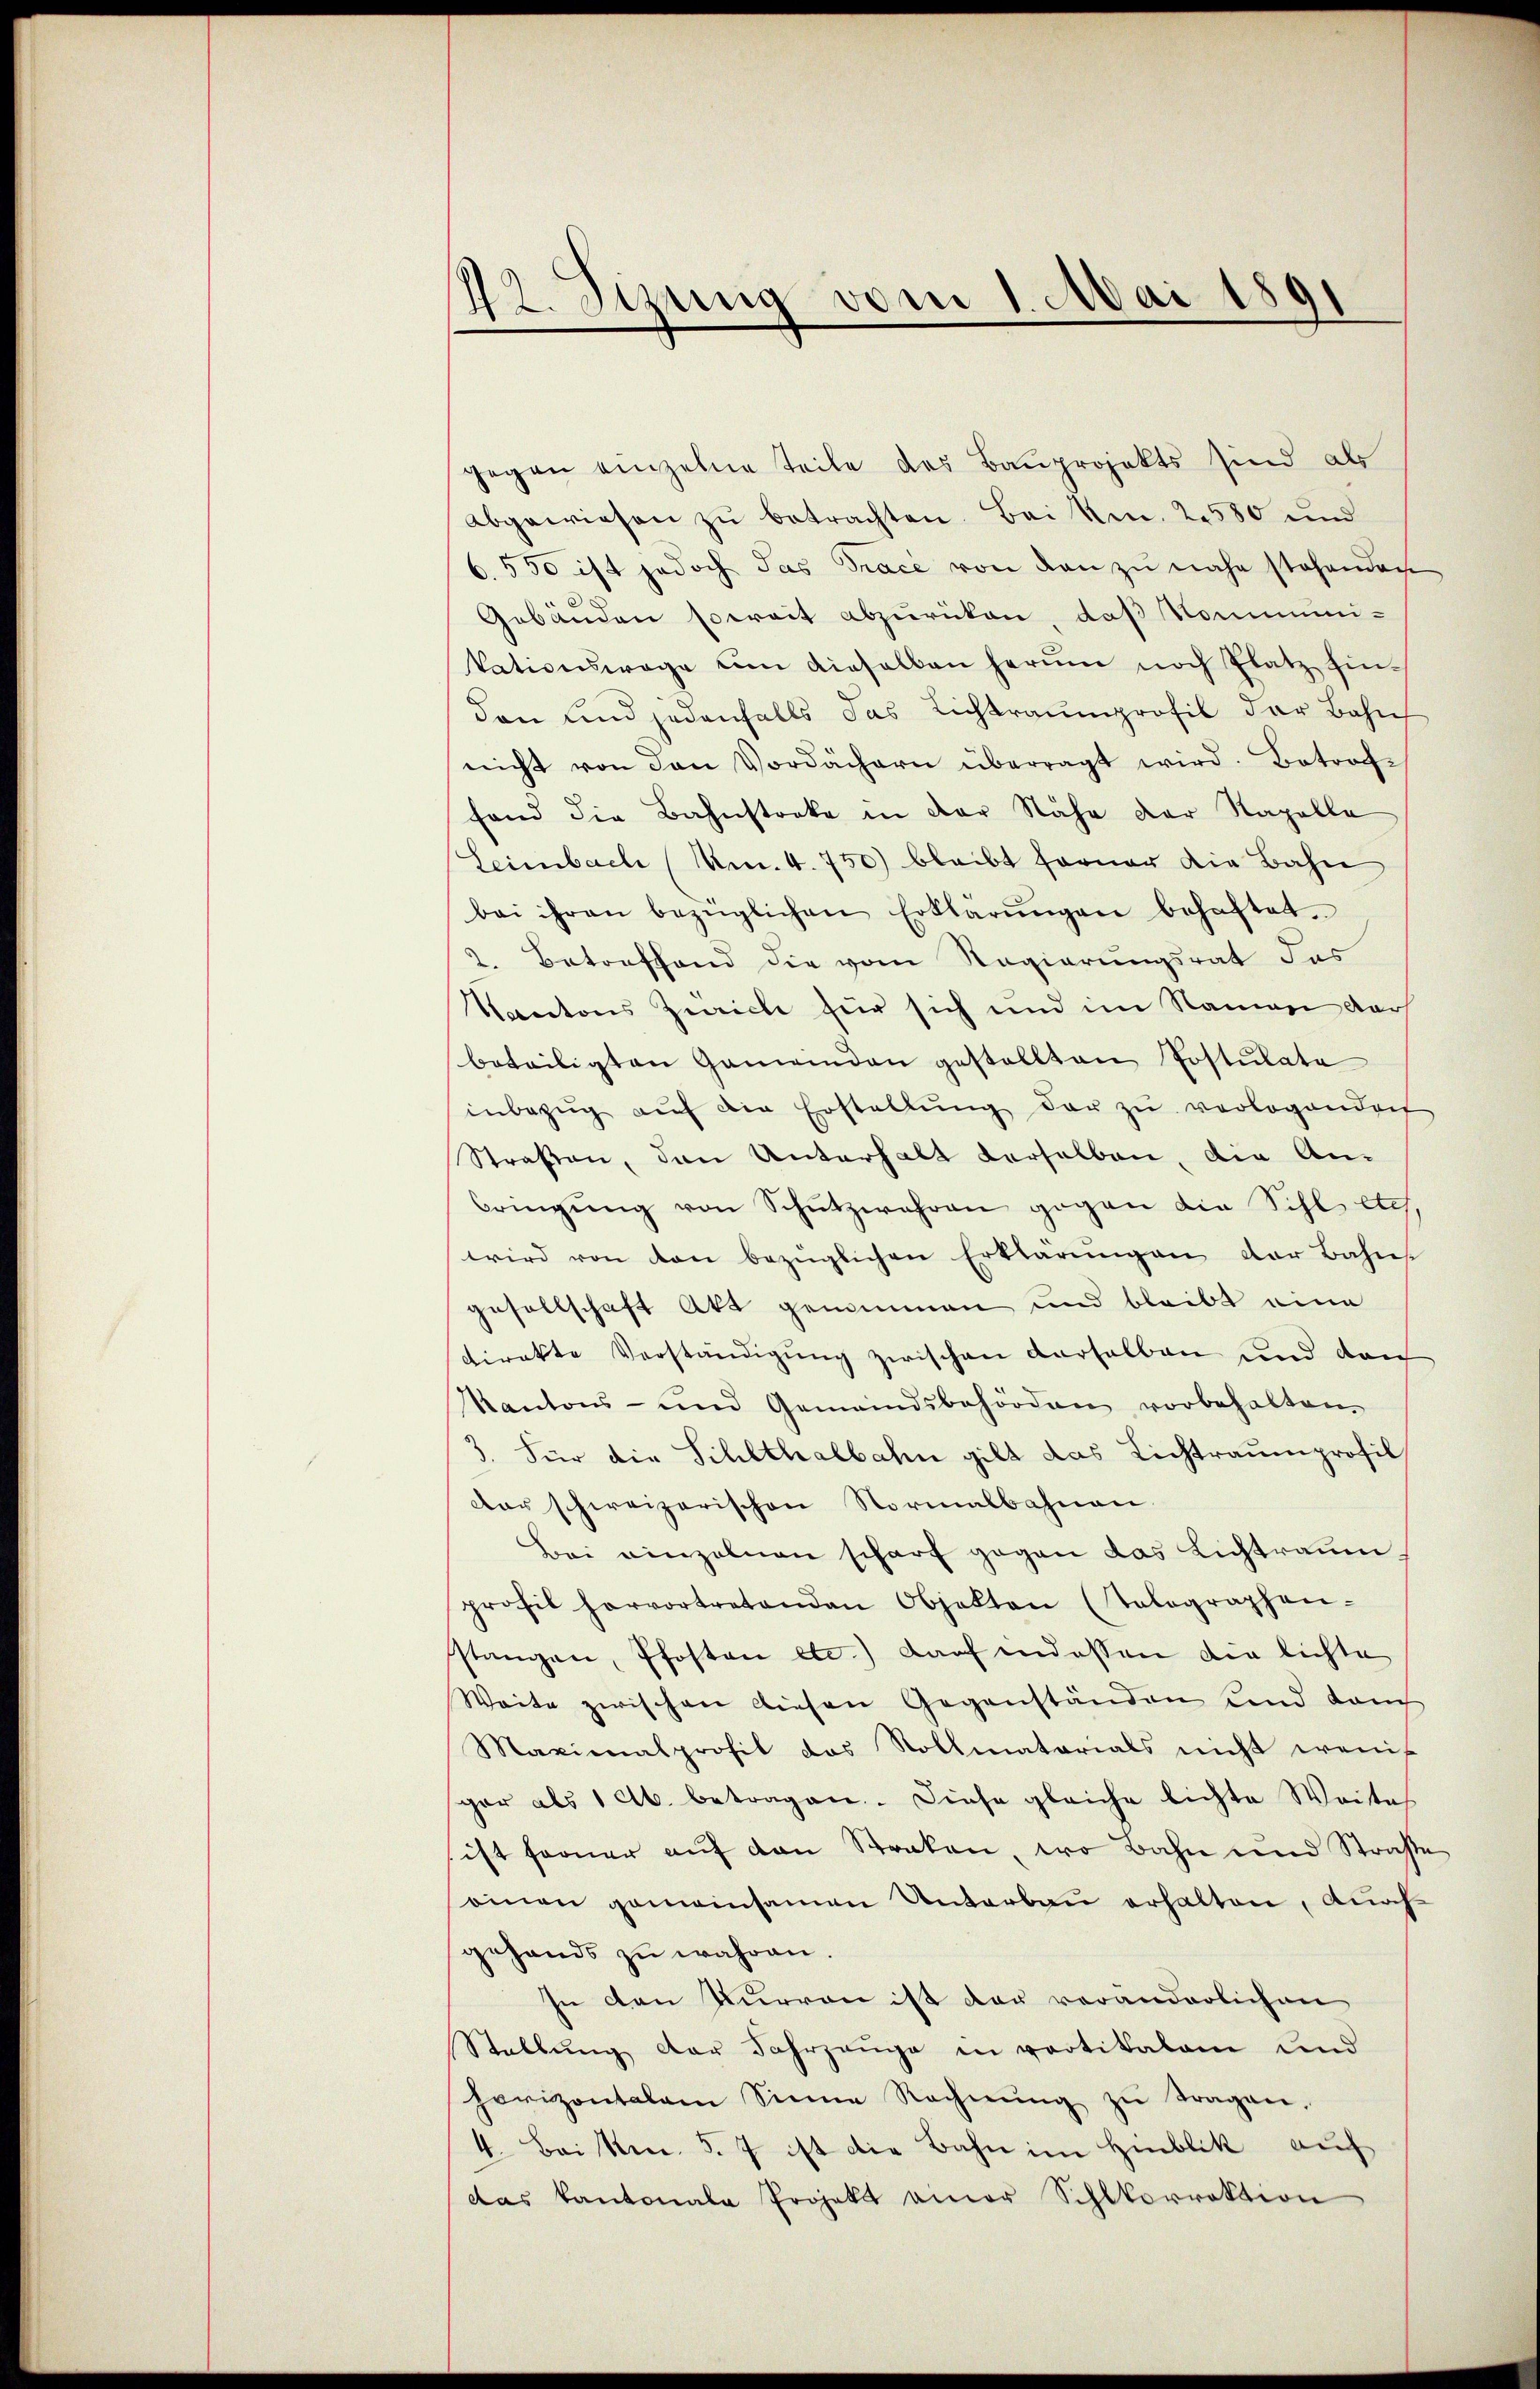
¬
4 Sizung vom 1. Mai 189

gegen einzelne Teile des Bauprojekts sind als
abgewiesen zŭ betrachten. Bei Nr. 2580 und
550 ist jedoch das Trace von den zu nahe stehendenh
Gebäuden soweit abzurücken, daß Kommuni-
kationswage um dieselben herum noch Platz hin-
dan und jedenfalls das Lichtraumprofil der Bahnh
nicht von den Vordächern überragt wird. Betrach-
fand die Bahnstreke in der Nähe der Kapelle
Leimbach (Um. 4. 750) bleibt ferner die Bahn
bei ihren bezüglichen Erklärŭngen behaftet.
2. Betreffend die vom Regierungsrat das
Kantons Zürich für sich und im Namen dar
beteiligten Gemeinden gestellten Postulate
inbezŭg aŭf die Erstellŭng der zŭ verlogenden
Straßen, den Unterhalt derselben, die An-
bringŭng von Schutzwehren gegen die Sihl etc.
wird von den bezüglichen Erklärŭngen der Bahns
gesellschaft Akt genommen und bleibt eine
direkte Verständigung zwischen derselben und den
Kantons- und Gemeindsbehörden vorbehalten.
3. Für die Schlthalbahn gilt das Lichtraumprofil
der schweizerischen Normalbahnen.
Bei einzelnen scharf gegen das Lichtraum
profil hervortretenden Objekten (tolographen-
stangen, Pfosten etc.) darf indessen die lichte
Weite zwischen diesen Gegenständen und danch
Maximalprofit das Rollmatorials nicht wenig
gar als 1 Ab. betragen. Diese gleiche lichte Weites
ist ferner aŭf den Straken, wo Bahn und Straße
einen gemeinsamen Unterbau erhalten, durch
gehands zu wahren.
In den Kurren ist der veränderlichen
Stellung der Fahrgange in partikalam und
horizontalem Sinne Rechnŭng zŭ tragen,
4. Bei No. 5. 7 ist die Bahn im Hinblik auf
das Kantonale Projekt einer Schlkorrektion